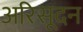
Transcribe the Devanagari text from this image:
अरिसूदन